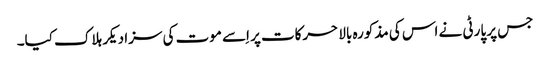
جس پر پارٹی نے اس کی مذکورہ بالا حرکات پر اِسے موت کی سزا دیکر ہلاک کیا۔